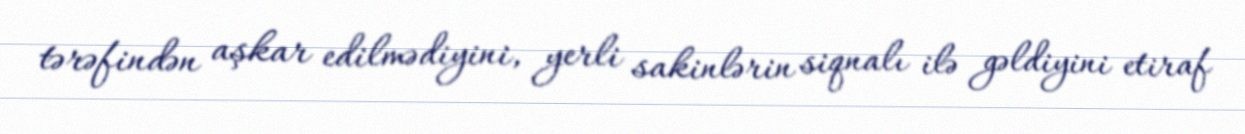
tərəfindən aşkar edilmədiyini, yerli sakinlərin siqnalı ilə gəldiyini etiraf